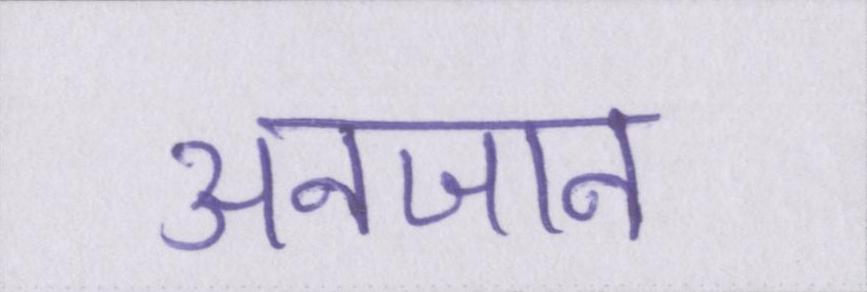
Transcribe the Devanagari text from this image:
अनजान